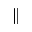
\parallel